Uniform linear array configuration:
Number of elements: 16
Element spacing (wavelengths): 0.75
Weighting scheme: exponential
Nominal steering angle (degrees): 60
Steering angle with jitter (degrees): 61.691
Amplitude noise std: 0.05
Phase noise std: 0.05

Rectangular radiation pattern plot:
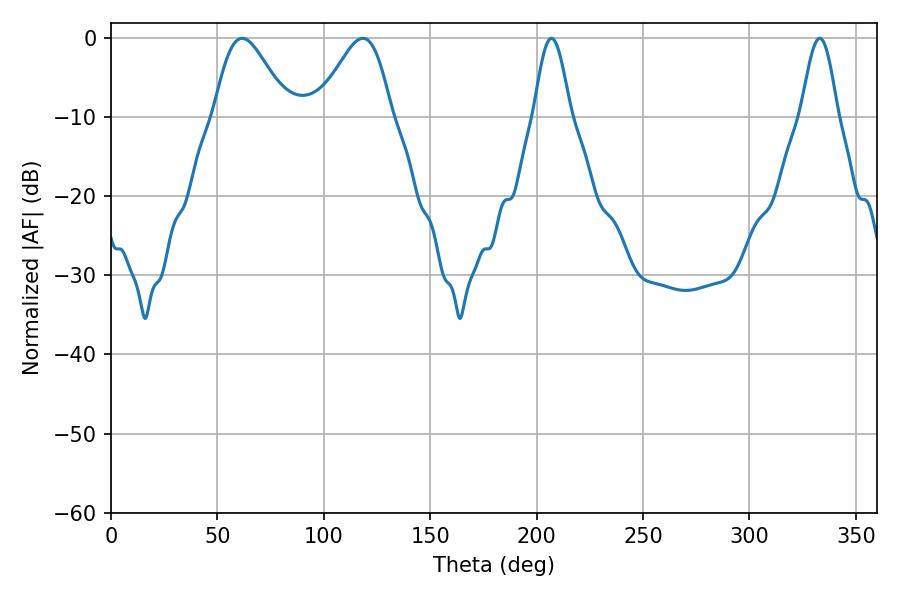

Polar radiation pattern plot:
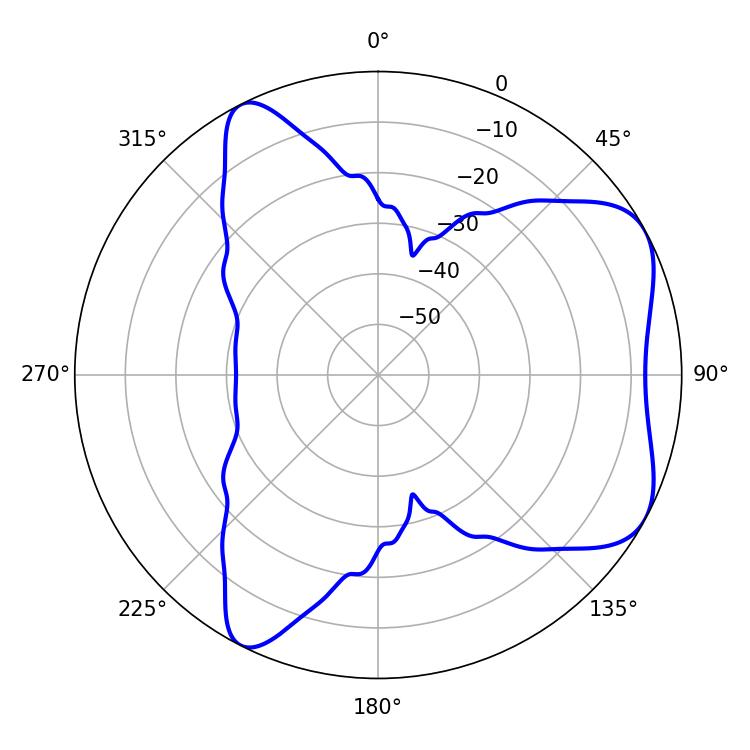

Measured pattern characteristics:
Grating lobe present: TRUE
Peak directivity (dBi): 5.95
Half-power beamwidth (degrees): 9.18
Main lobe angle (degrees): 207